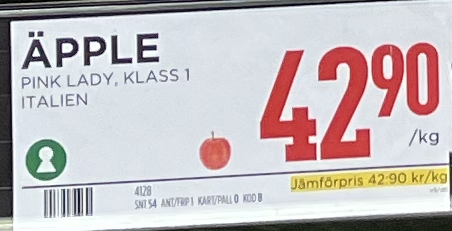
Vara: Äpple
Genomsnittspris: 42.9 per kg